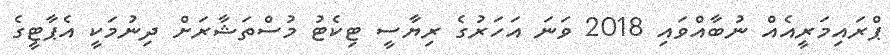
ޕްރައިމަރީއެއް ނުބާއްވައި 2018 ވަނަ އަހަރުގެ ރިޔާސީ ޓިކެޓު މުސްތަޝާރަށް ދިނުމަކީ އެޕާޓީގެ